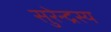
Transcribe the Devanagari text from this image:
सुरेन्द्रस्य